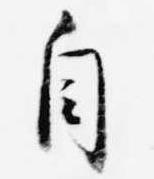
自